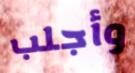
وأجلب